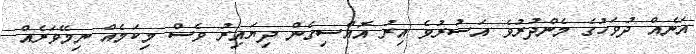
އަނެއް ދުވަހުގެ މެންދުރުވެ އަސުރުވެ އިރު އޮއްސިގެން ދިޔައިރު ވެސް މިކަމެއް ނިމޭވަރެއް